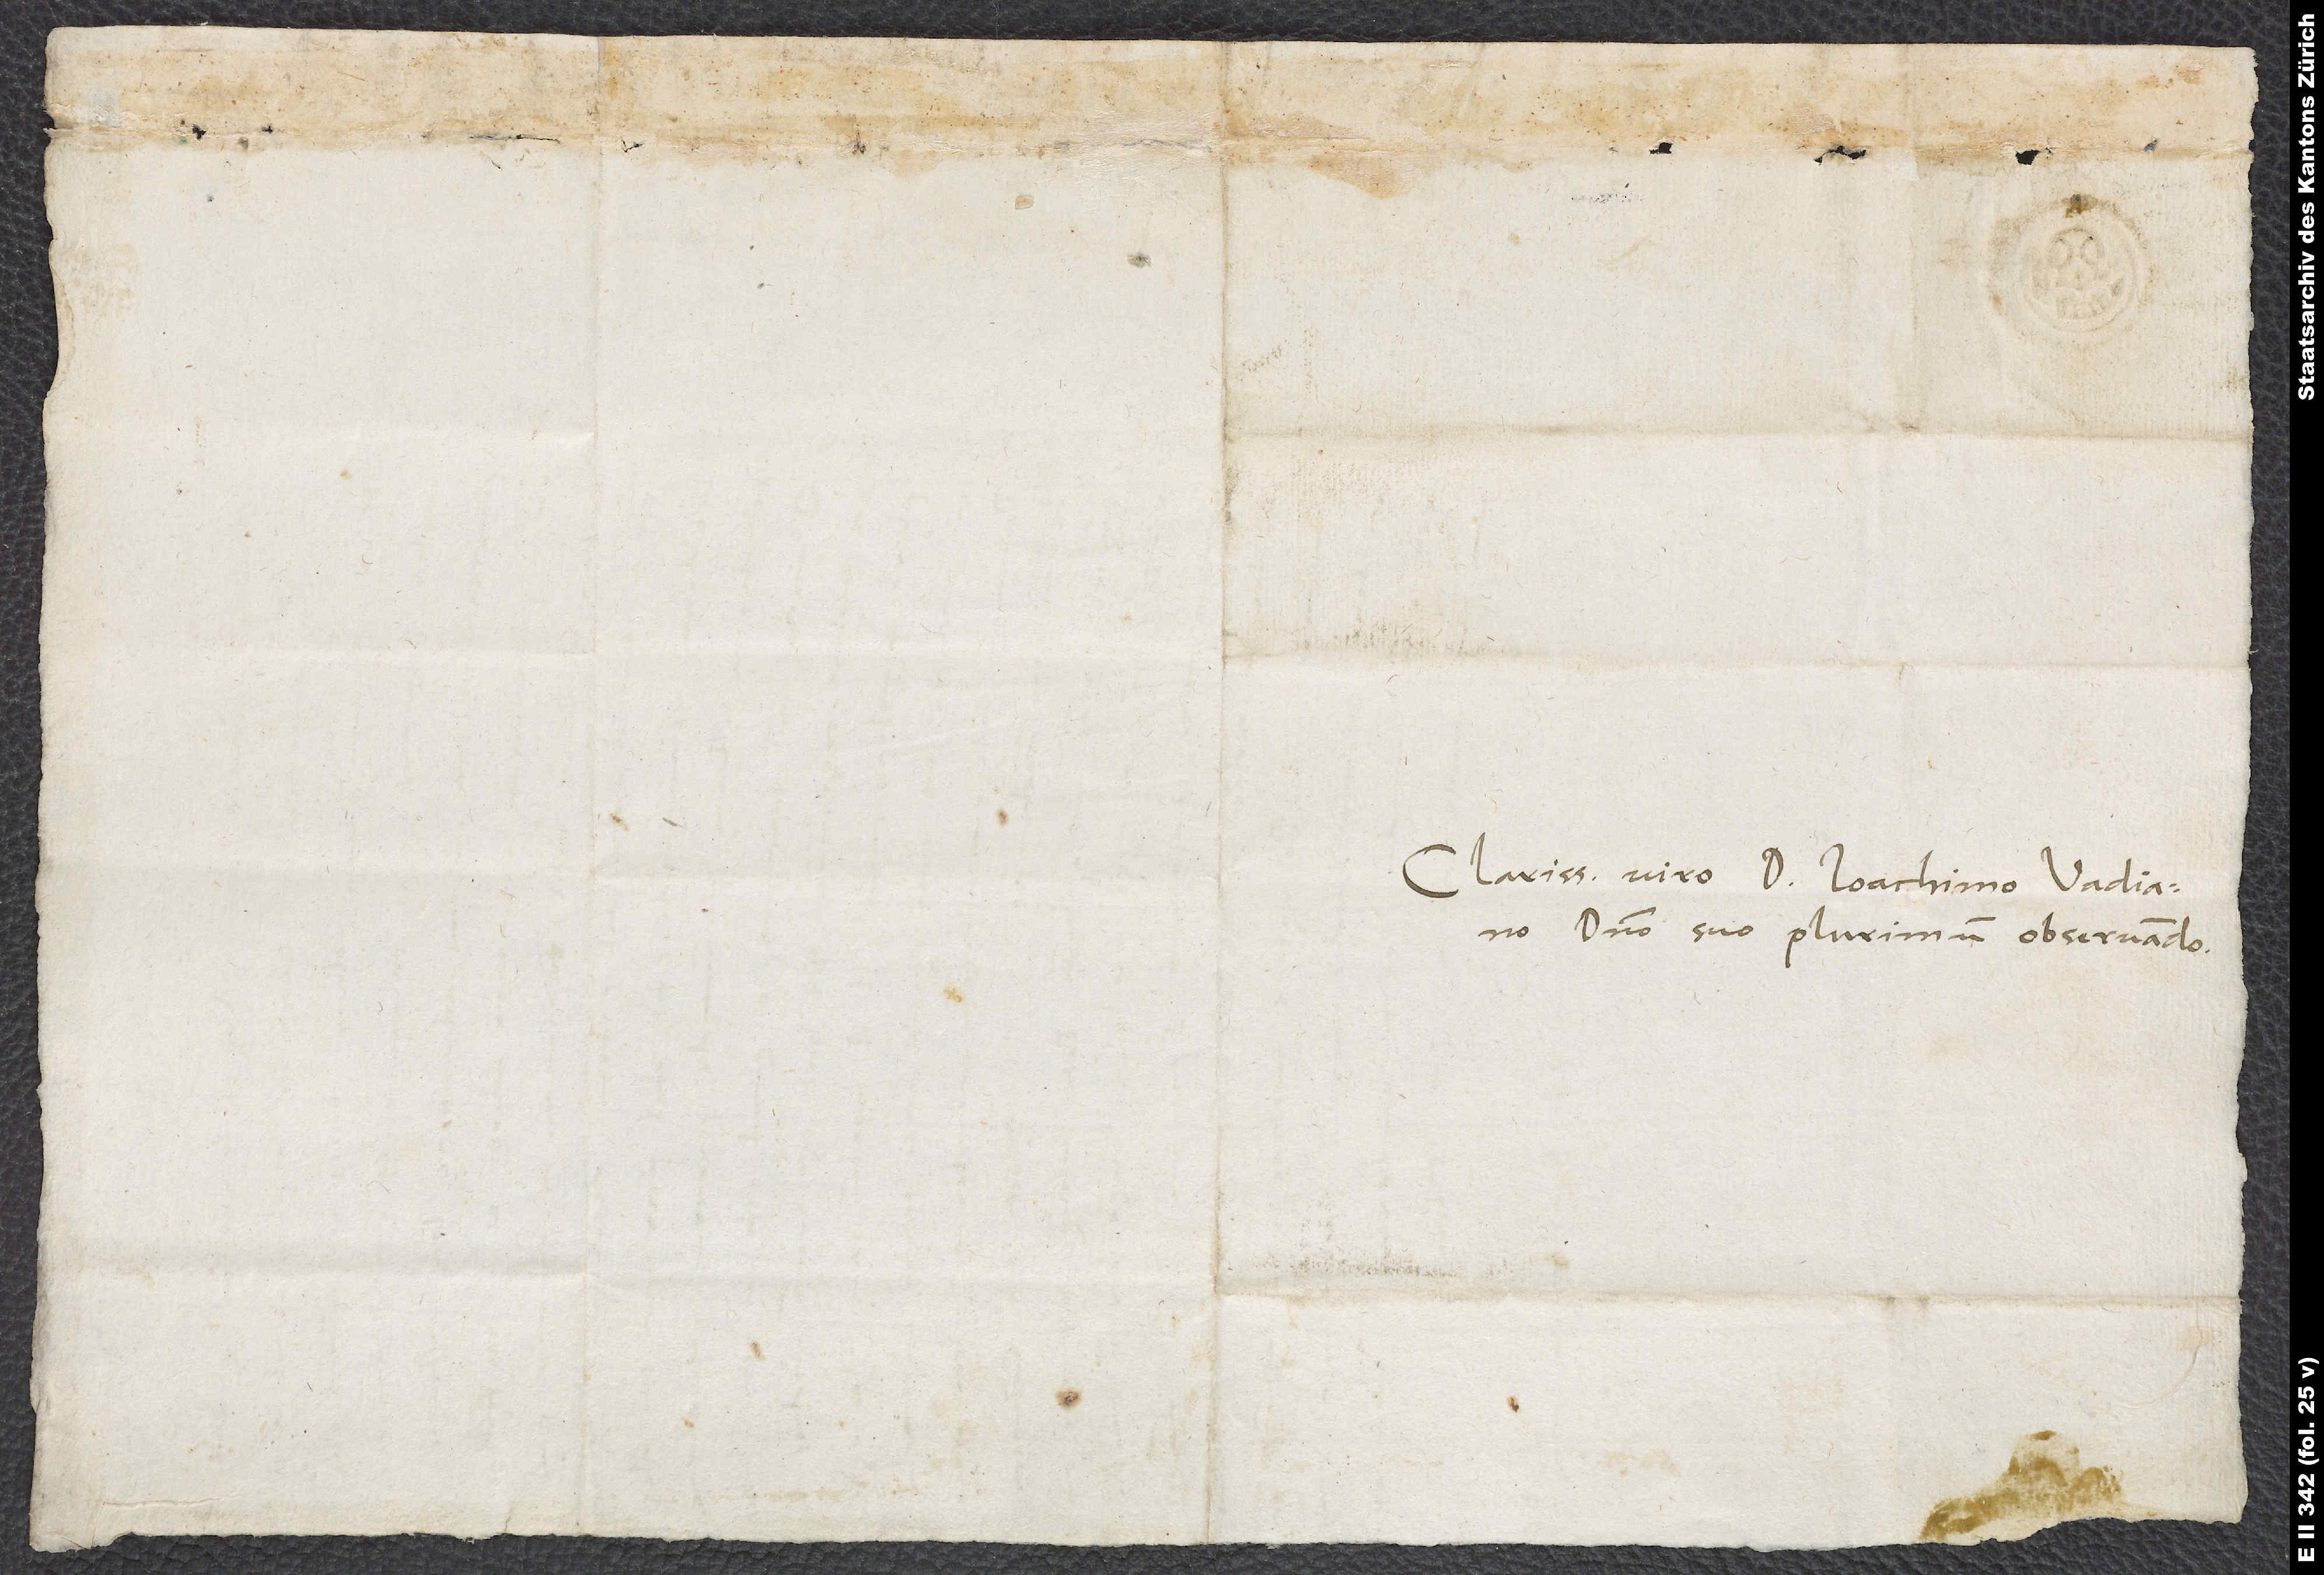
Clarissimo viro doctori Ioachimo Vadiano,
domino suo plurimum observando.